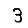
Digit: 3